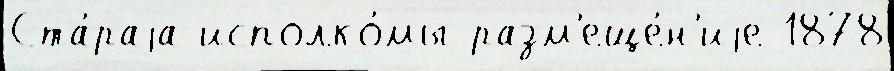
Ста́раjа исполко́мы разм'еще́н'иjе 1878